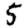
Digit: 5